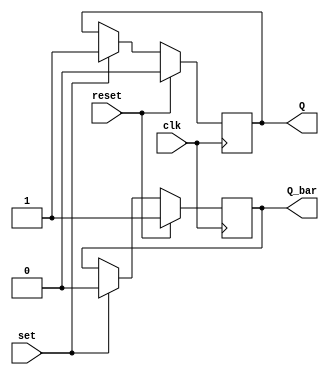
module sr_flipflop (
    input wire clk,
    input wire reset,
    input wire set,
    output reg Q,
    output reg Q_bar
);

reg Q_next, Q_bar_next;

assign Q = Q_next;
assign Q_bar = Q_bar_next;

always @(posedge clk) begin
    if (reset) begin
        Q_next <= 0;
        Q_bar_next <= 1;
    end else if (set) begin
        Q_next <= 1;
        Q_bar_next <= 0;
    end else begin
        Q_next <= Q;
        Q_bar_next <= Q_bar;
    end
end

endmodule